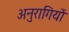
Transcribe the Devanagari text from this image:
अनुरागियों